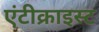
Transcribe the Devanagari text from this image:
एंटीक्राइस्ट